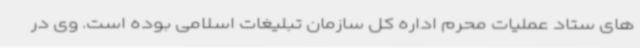
های ستاد عملیات محرم اداره کل سازمان تبلیغات اسلامی بوده است. وی در